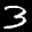
Label: 3